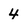
Character: 4